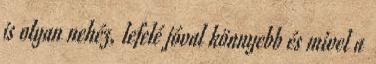
is olyan nehéz, lefelé jóval könnyebb és mivel a